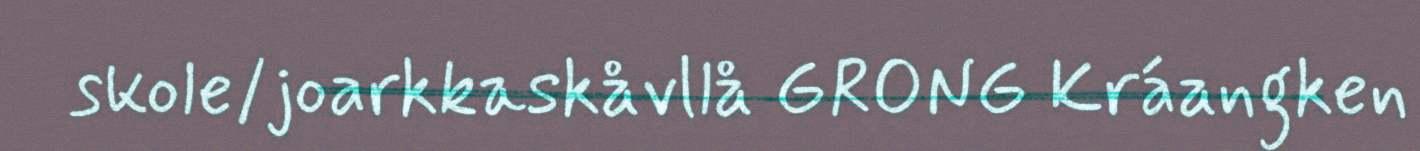
skole/joarkkaskåvllå GRONG Kráangken